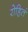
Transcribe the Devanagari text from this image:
रोहितं